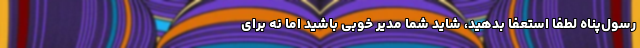
رسول‌پناه لطفاً استعفا بدهید، شاید شما مدیر خوبی باشید اما نه برای